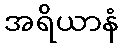
အရိယာနံ